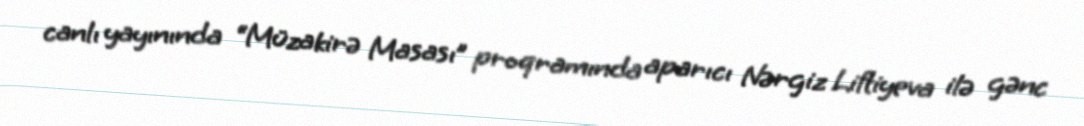
canlı yayınında “Müzakirə Masası” proqramında aparıcı Nərgiz Liftiyeva ilə gənc